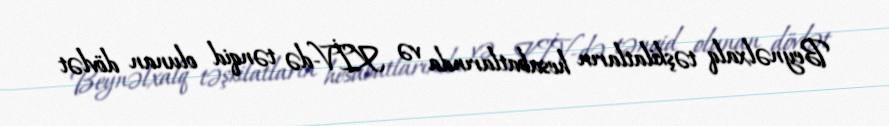
Beynəlxalq təşkilatların hesabatlarında və KİV-də tənqid olunan dövlət